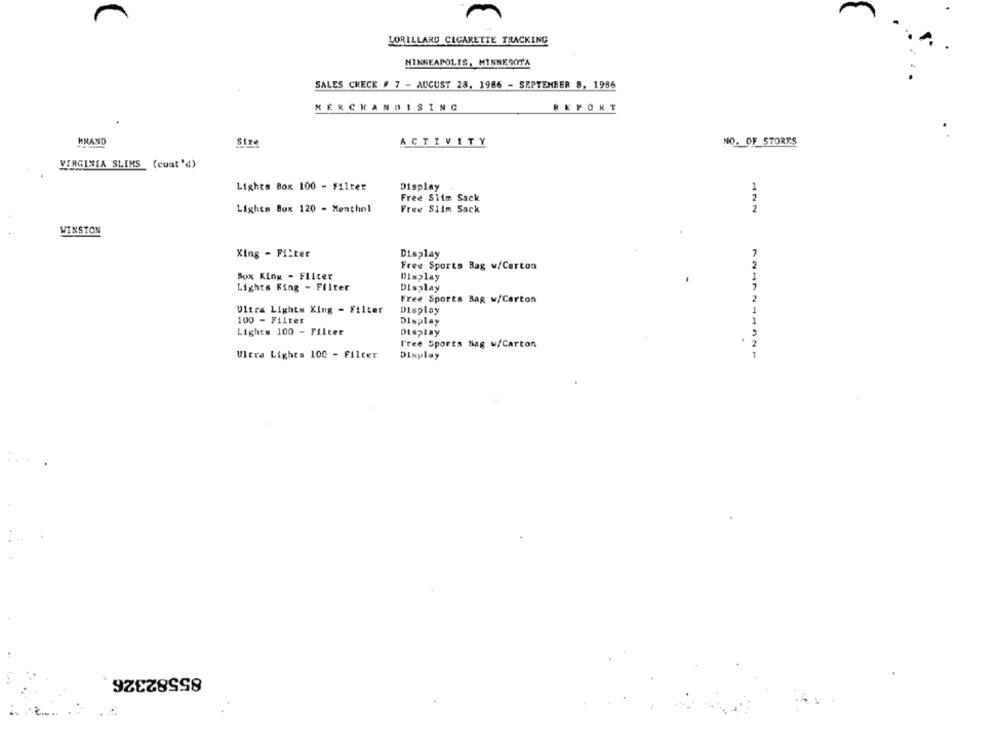
LORILLARD CIGARETTE TRACKING
MINNEAPOLIS, MINNESOTA
SALES CHECK # 7 - AUGUST 28, 1986 - SEPTEMBER 8, 1986
MERCHANDISING
REPORT
HRAND
ACTIVITY
NO. OF STORES
Size
VIRGINIA SLIMS (cont'd)
Lights Box 100 - Filter
Display
Free Slim Sack
Lights Box 120 - Menthol
Free Slim Sack
WINSTON
King - Filter
Display
Free Sports Bag w/Carton
Box King - Filter
Display
Lights King - Filter
Display
Free Sports Bag w/Carton
Ultra Lights King - Filter
Display
100 - Filter
Display
Lights 100 - Filter
Display
Free Sports Bag w/Carton
Ultra Lights 100 - Filter
Display
85582326